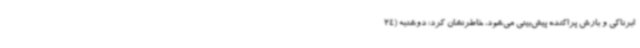
ابرناکی و بارش پراکنده پیش‌بینی می‌شود، خاطرنشان کرد: دوشنبه (24